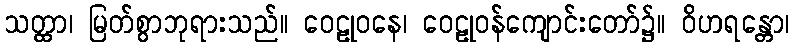
သတ္ထာ၊ မြတ်စွာဘုရားသည်။ ဝေဠုဝနေ၊ ဝေဠုဝန်ကျောင်းတော်၌။ ဝိဟရန္တော၊